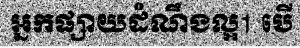
អ្នកផ្សាយដំណឹងល្អ1 បើ